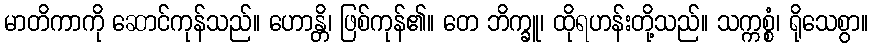
မာတိကာကို ဆောင်ကုန်သည်။ ဟောန္တိ၊ ဖြစ်ကုန်၏။ တေ ဘိက္ခူ၊ ထိုရဟန်းတို့သည်။ သက္ကစ္စံ၊ ရိုသေစွာ။